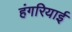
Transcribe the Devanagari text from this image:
हंगरियाई